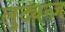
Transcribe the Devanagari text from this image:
लुट्यन्ज़